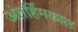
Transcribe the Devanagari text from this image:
अंतर्हिमकाल